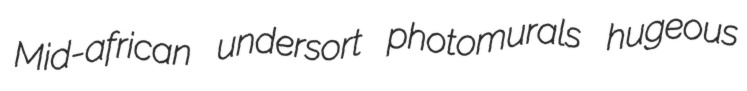
Mid-african undersort photomurals hugeous